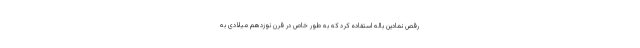
رقص نمادین باله استفاده کرد که به طور خاص در قرن نوزدهم میلادی به